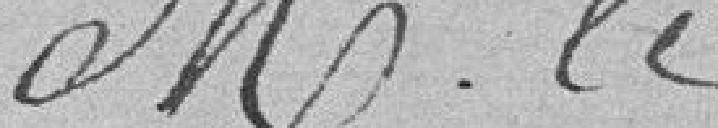
Mr le